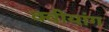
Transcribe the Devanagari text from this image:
क्वीयांग